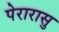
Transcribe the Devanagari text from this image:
पेरारासु